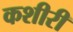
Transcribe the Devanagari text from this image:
कशीरी